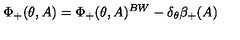
\Phi _ { + } ( \theta , A ) = \Phi _ { + } ( \theta , A ) ^ { B W } - \delta _ { \theta } \beta _ { + } ( A )